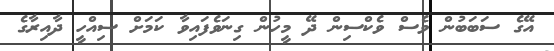
އޭގެ ސަބަބުން ވެސް ވެކްސިން ދޭ މީހުން ގިނަވެފައިވާ ކަމަށް ސިއްހީ ދާއިރާގެ